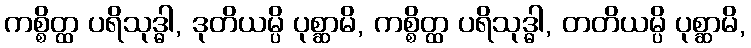
ကစ္စိတ္ထ ပရိသုဒ္ဓါ, ဒုတိယမ္ပိ ပုစ္ဆာမိ, ကစ္စိတ္ထ ပရိသုဒ္ဓါ, တတိယမ္ပိ ပုစ္ဆာမိ,